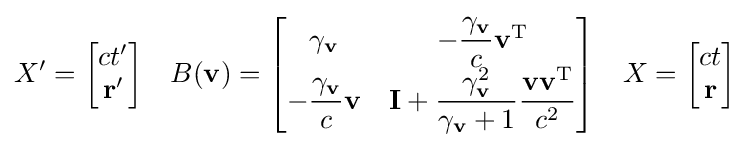
X'={\begin{bmatrix}ct'\\\mathbf {r} '\end{bmatrix}}\quad B(\mathbf {v} )={\begin{bmatrix}\gamma _{\mathbf {v} }&-{\dfrac {\gamma _{\mathbf {v} }}{c}}\mathbf {v} ^{\mathrm {T} }\\-{\dfrac {\gamma _{\mathbf {v} }}{c}}\mathbf {v} &\mathbf {I} +{\dfrac {\gamma _{\mathbf {v} }^{2}}{\gamma _{\mathbf {v} }+1}}{\dfrac {\mathbf {vv} ^{\mathrm {T} }}{c^{2}}}\\\end{bmatrix}}\quad X={\begin{bmatrix}ct\\\mathbf {r} \end{bmatrix}}